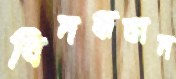
বিদগ্ধজন